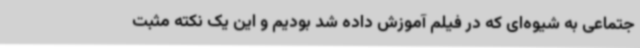
جتماعی به شیوه‌ای که در فیلم آموزش داده شد بودیم و این یک نکته مثبت